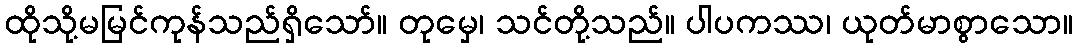
ထိုသို့မမြင်ကုန်သည်ရှိသော်။ တုမှေ၊ သင်တို့သည်။ ပါပကဿ၊ ယုတ်မာစွာသော။